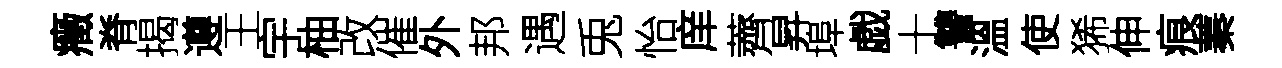
癥脊揭遵王宇柚改催外邦遇兎怡庠薺昇埠戯十讐溫使狶伸痕蓁